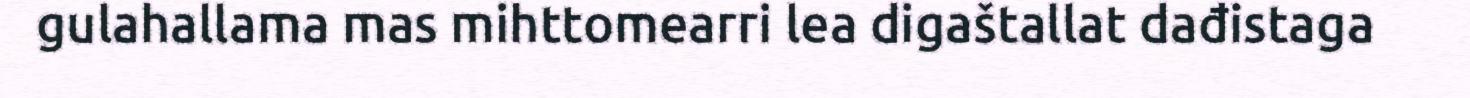
gulahallama mas mihttomearri lea digaštallat dađistaga